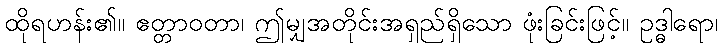
ထိုရဟန်း၏။ ဧတ္တာဝတာ၊ ဤမျှအတိုင်းအရှည်ရှိသော ဖုံးခြင်းဖြင့်။ ဥဒ္ဓါရော၊